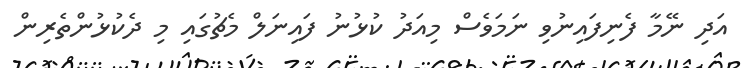
އަދި ނޭމާ ފެނިފައިނުވި ނަމަވެސް މިއަދު ކުޅުނު ފައިނަލް މެޗުގައި މި ދެކުޅުންތެރިން